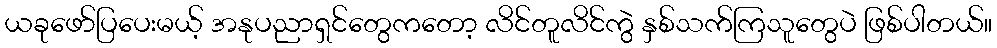
ယခုဖော်ပြပေးမယ့် အနုပညာရှင်တွေကတော့ လိင်တူလိင်ကွဲ နှစ်သက်ကြသူတွေပဲ ဖြစ်ပါတယ်။